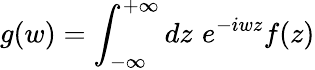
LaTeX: g(w)=\int_{-\infty}^{+\infty}dz\, \, e^{-iwz}f(z)